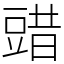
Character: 䜺